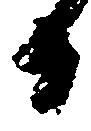
日